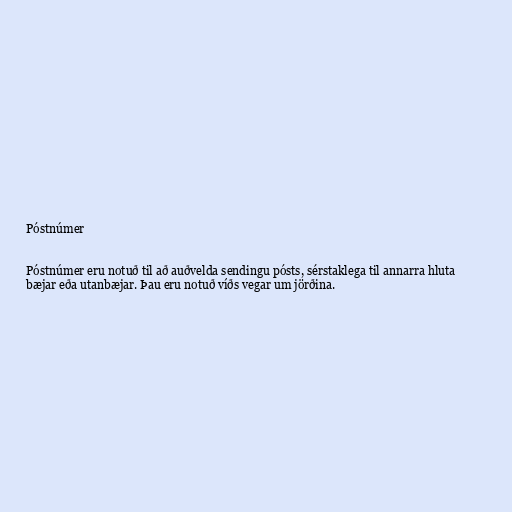
Póstnúmer

Póstnúmer eru notuð til að auðvelda sendingu pósts, sérstaklega til annarra hluta
bæjar eða utanbæjar. Þau eru notuð víðs vegar um jörðina.